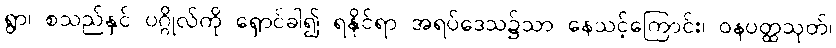
ရွာ၊ စသည်နှင် ပဂ္ဂိုလ်ကို ရှောင်ခါ၍ ရနိုင်ရာ အရပ်ဒေသ၌သာ နေသင့်ကြောင်း၊ ဝနပတ္ထသုတ်၊